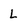
Character: l